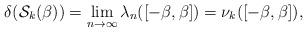
LaTeX: \begin{align*}\delta(\mathcal{S}_k(\beta)) = \lim_{n \to \infty} \lambda_n([-\beta,\beta]) = \nu_k([-\beta,\beta]),\end{align*}